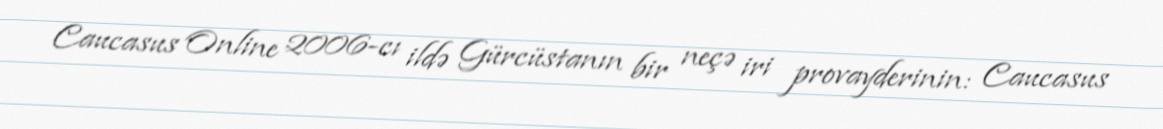
Caucasus Online 2006-cı ildə Gürcüstanın bir neçə iri provayderinin: Caucasus